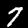
Digit: 7